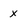
Character: X